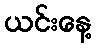
ယင်းနေ့